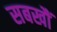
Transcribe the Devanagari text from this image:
सबखौं